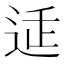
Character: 𲅕